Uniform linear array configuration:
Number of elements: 32
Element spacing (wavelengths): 0.5
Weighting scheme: cosine
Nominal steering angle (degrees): -15
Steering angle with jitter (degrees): -13.966
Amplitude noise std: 0.05
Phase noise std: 0.05

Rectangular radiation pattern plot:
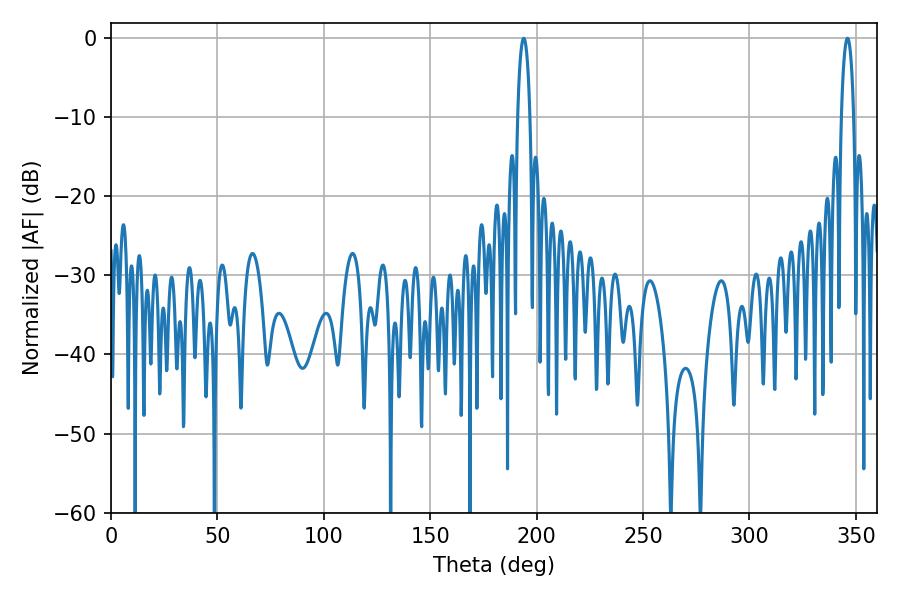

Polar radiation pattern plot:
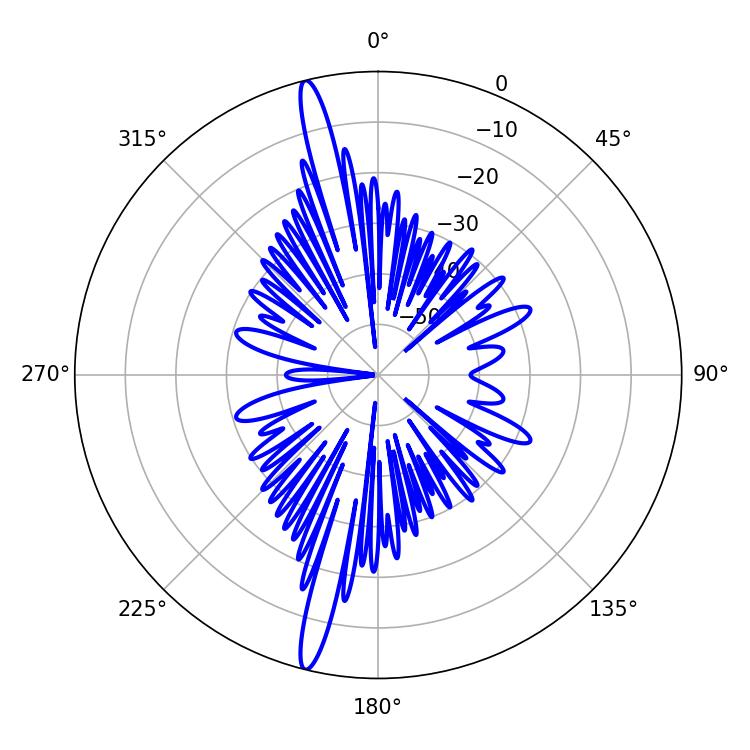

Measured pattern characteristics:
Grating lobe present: FALSE
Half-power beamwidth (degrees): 3.24
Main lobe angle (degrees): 346.14